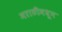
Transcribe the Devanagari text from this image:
मराठीमधून